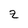
Character: z